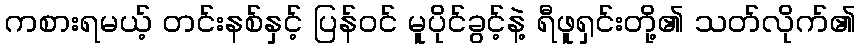
ကစားရမယ့် တင်းနစ်နှင့် ပြန်ဝင် မူပိုင်ခွင့်နဲ့ ရီဖူရှင်းတို့၏ သတ်လိုက်၏